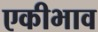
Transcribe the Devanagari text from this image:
एकीभाव